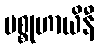
မစ္စုဟာယိနီ